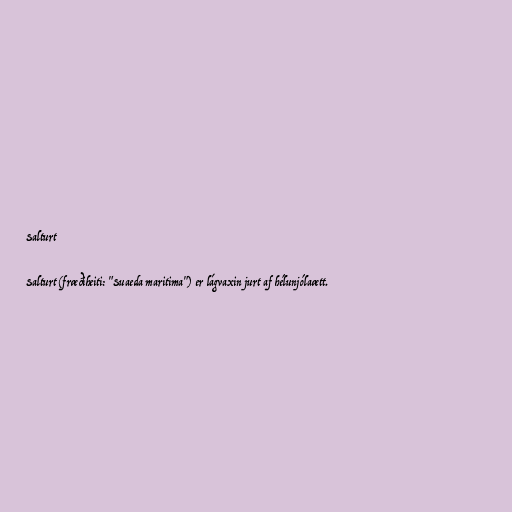
Salturt

Salturt (fræðiheiti: "Suaeda maritima") er lágvaxin jurt af hélunjólaætt.